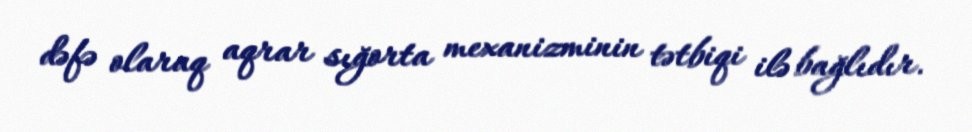
dəfə olaraq aqrar sığorta mexanizminin tətbiqi ilə bağlıdır.